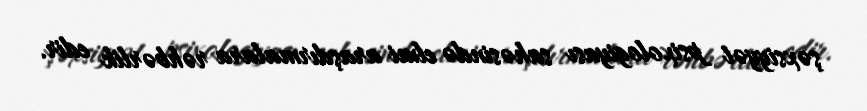
şəxsiyyət psixologiyası sahəsində elmi araşdırmalara rəhbərlik edir.